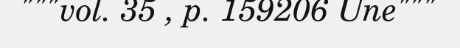
"""vol. 35 , p. 159206 Une"""